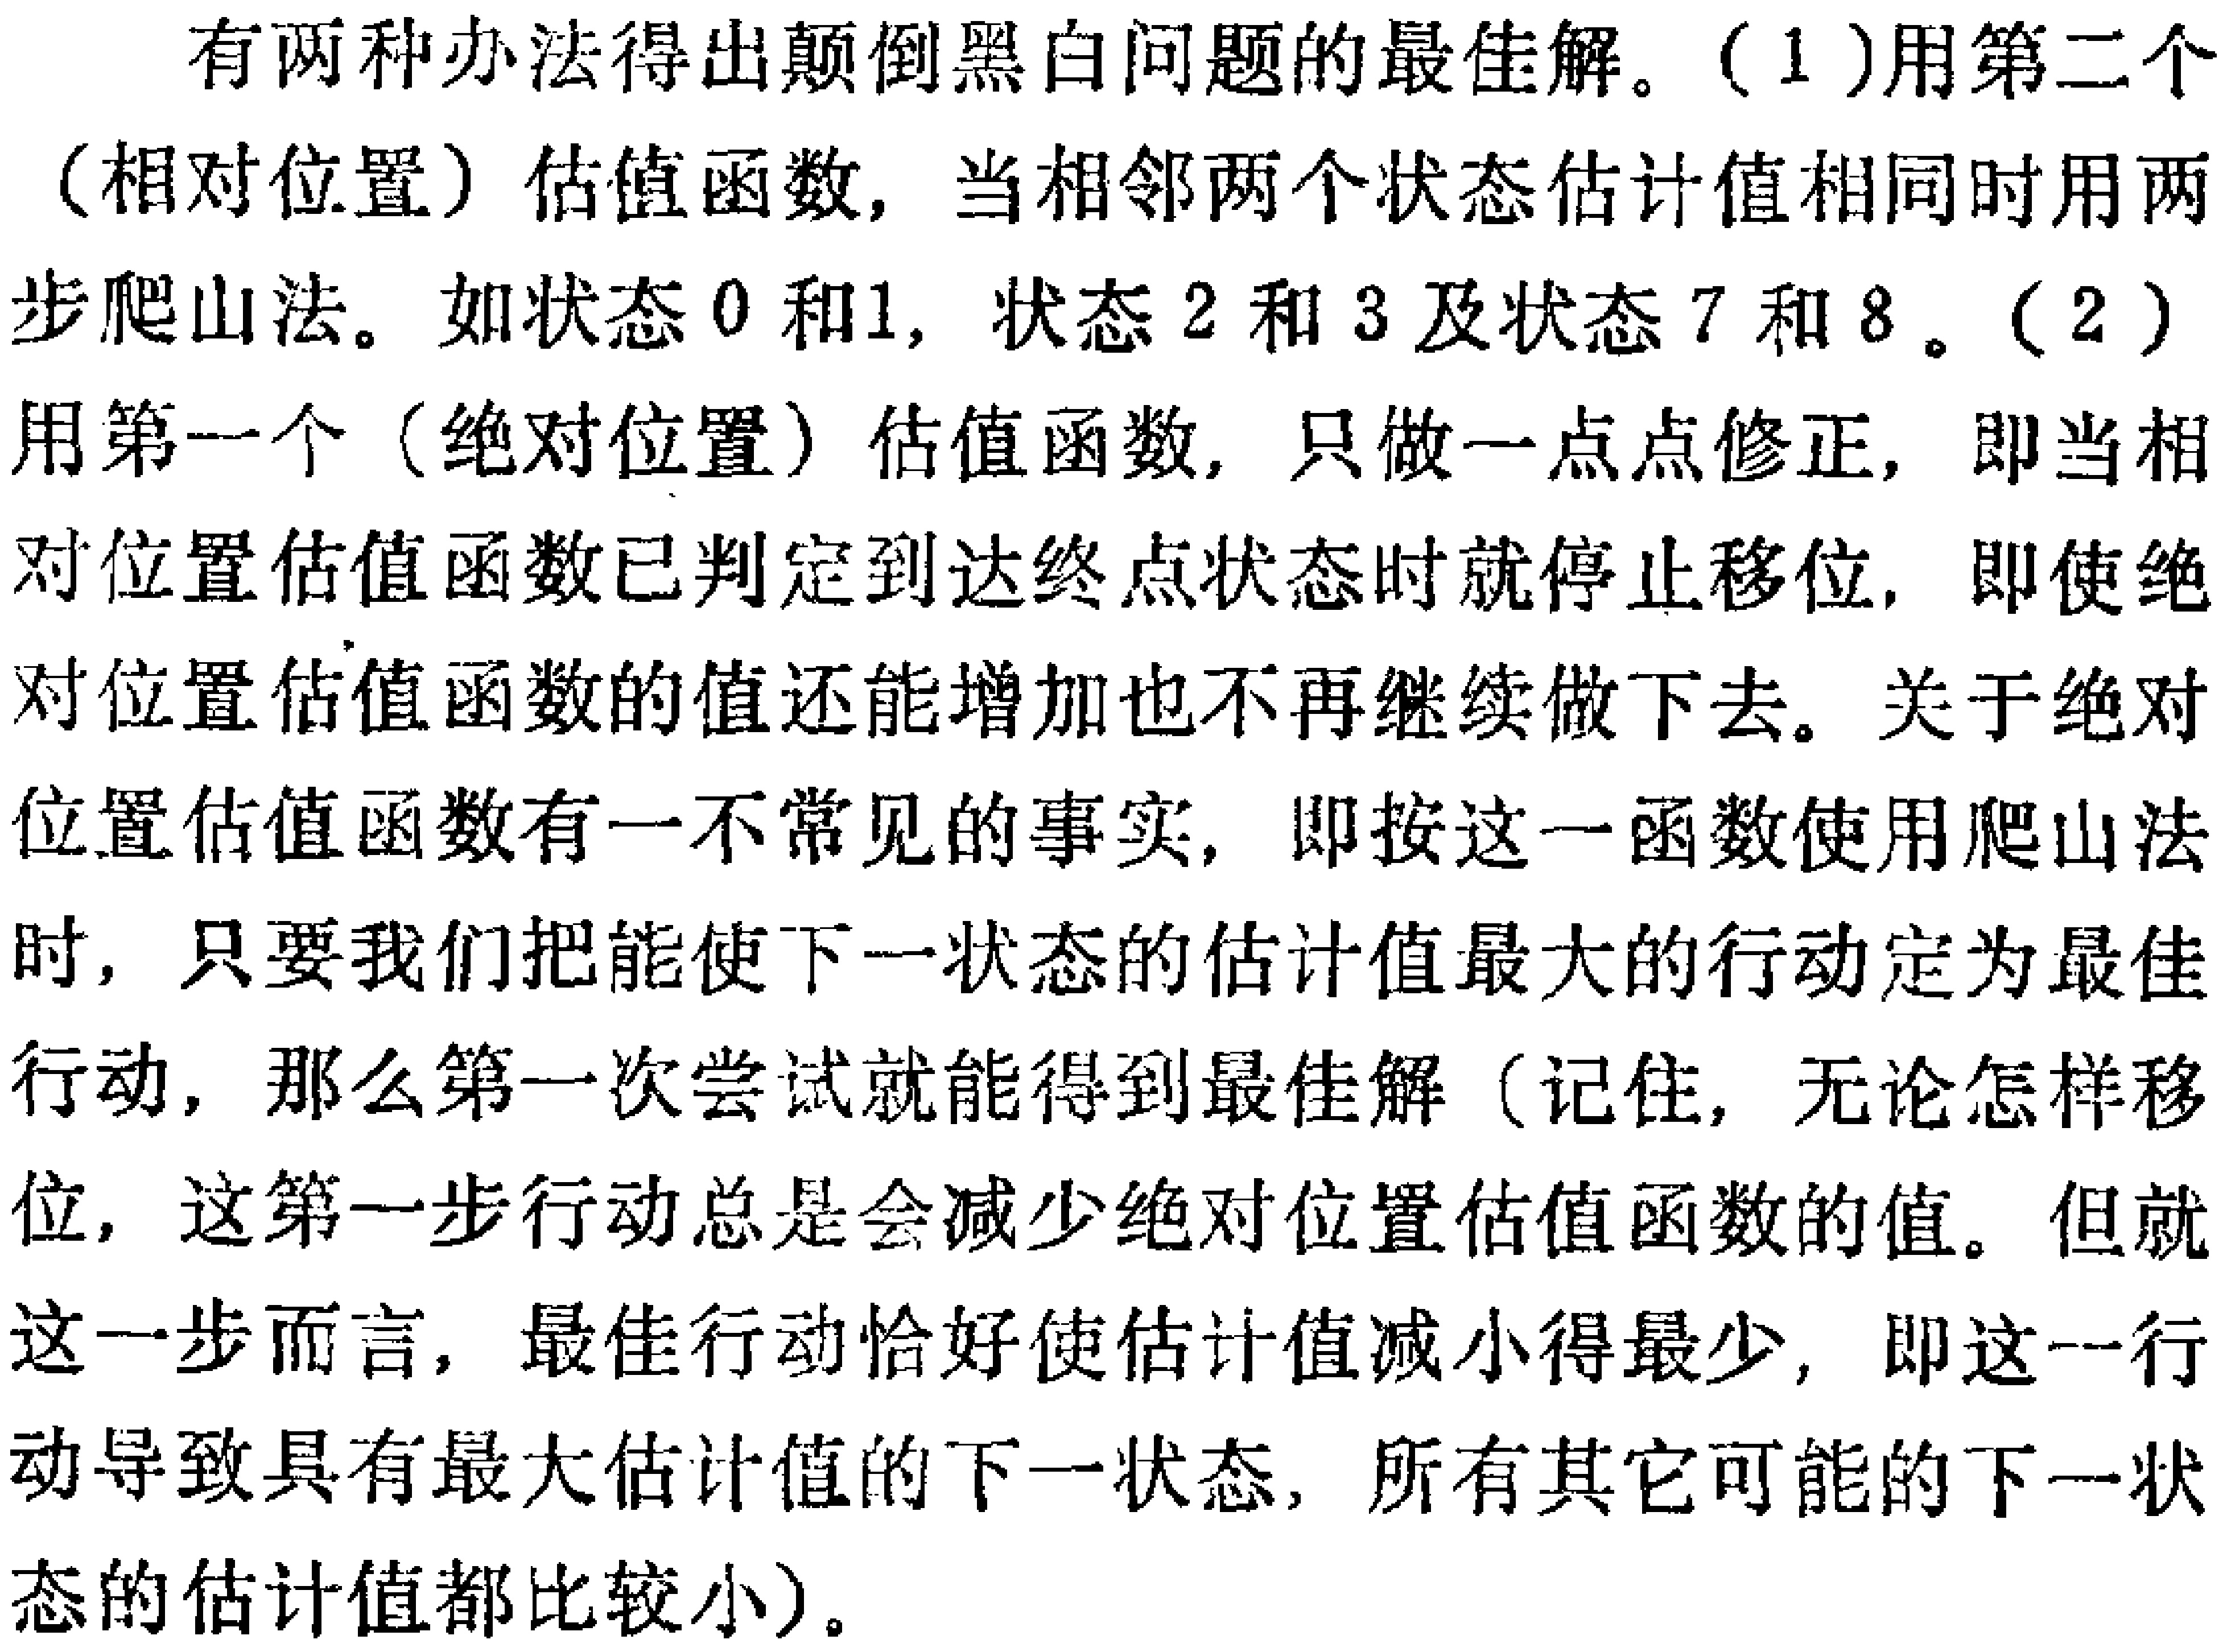
有两种办法得出颠倒黑白问题的最佳解。（1）用第二个（相对位置）估值函数，当相邻两个状态估计值相同时用两步爬山法。如状态0和1, 状态2和3及状态7和8。（2）用第一个（绝对位置）估值函数, 只做一点点修正，即当相对位置估值函数已判定到达终点状态时就停止移位，即使绝对位置估值函数的值还能增加也不再继续做下去。关于绝对位置估值函数有一不常见的事实，即按这一函数使用爬山法时，只要我们把能使下一状态的估计值最大的行动定为最佳行动，那么第一次尝试就能得到最佳解（记住，无论怎样移位，这第一步行动总是会减少绝对位置估值函数的值。但就这一步而言，最佳行动恰好使估计值减小得最少，即这一行动导致具有最大估计值的下一状态，所有其它可能的下一状态的估计值都比较小）。